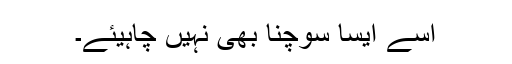
اسے ایسا سوچنا بھی نہیں چاہیئے۔